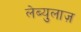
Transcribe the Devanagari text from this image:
लेब्युलाज़